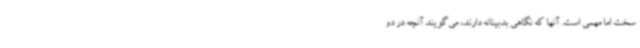
سخت اما مهمی است. آنها که نگاهی بدبینانه دارند، می‌گویند آنچه در دو